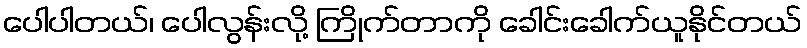
ပေါပါတယ်၊ ပေါလွန်းလို့ ကြိုက်တာကို ခေါင်းခေါက်ယူနိုင်တယ်